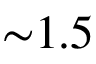
{ \sim } 1 . 5